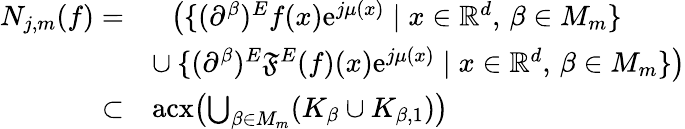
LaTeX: \begin{array}{rl}{N_{j,m}(f)=}&{\phantom{\cup}\bigl(\{ (\partial^{\beta})^{E}f(x)\mathrm{e}^{j\mu(x)}\; |\; x\in\mathbb{R}^{d},\, \beta\in M_{m}\} }\\ &{\cup\: \{ (\partial^{\beta})^{E}\mathfrak{F}^{E}(f)(x)\mathrm{e}^{j\mu(x)}\; |\; x\in\mathbb{R}^{d},\, \beta\in M_{m}\} \bigr)}\\ {\subset}&{\operatorname{acx}\bigl(\bigcup_{\beta\in M_{m}}(K_{\beta}\cup K_{\beta,1})\bigr)}\end{array}